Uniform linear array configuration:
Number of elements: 24
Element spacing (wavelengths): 1
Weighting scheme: exponential
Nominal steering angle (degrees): -45
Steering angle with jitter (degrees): -43.044
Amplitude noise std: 0.05
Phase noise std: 0.05

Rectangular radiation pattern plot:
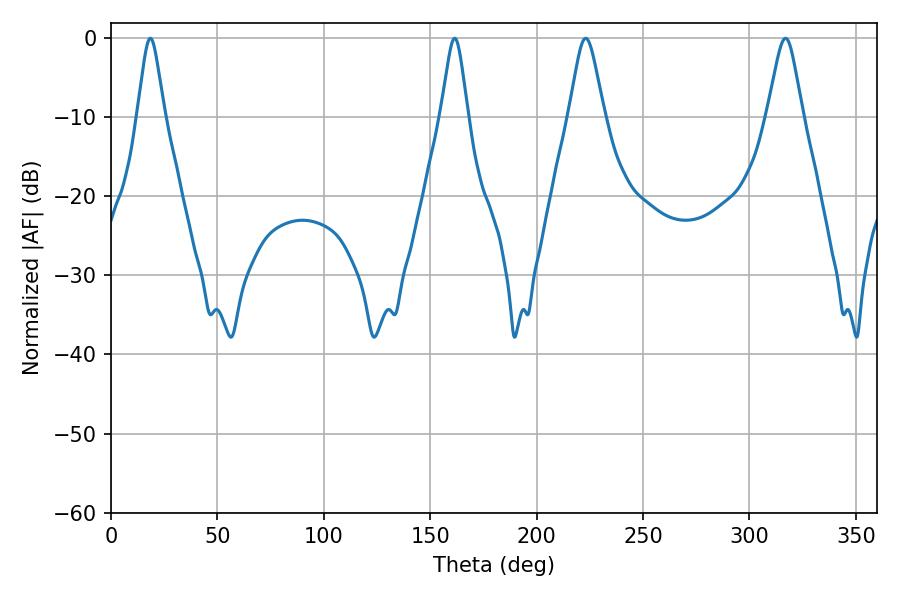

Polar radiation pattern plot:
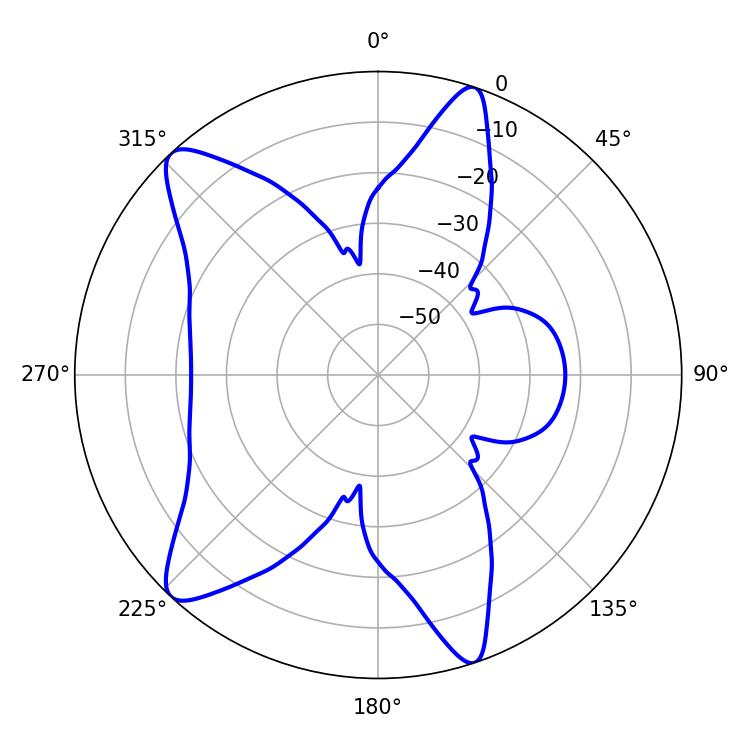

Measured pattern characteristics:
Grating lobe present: TRUE
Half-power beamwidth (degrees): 7.92
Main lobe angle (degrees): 223.02